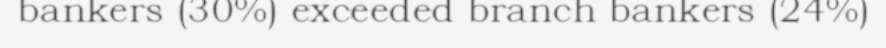
bankers (30%) exceeded branch bankers (24%)